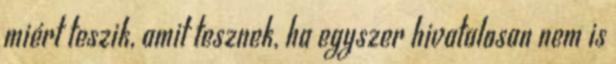
miért teszik, amit tesznek, ha egyszer hivatalosan nem is